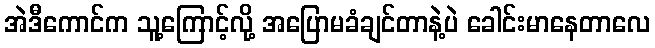
အဲဒီကောင်က သူ့ကြောင့်လို့ အပြောမခံချင်တာနဲ့ပဲ ခေါင်းမာနေတာလေ